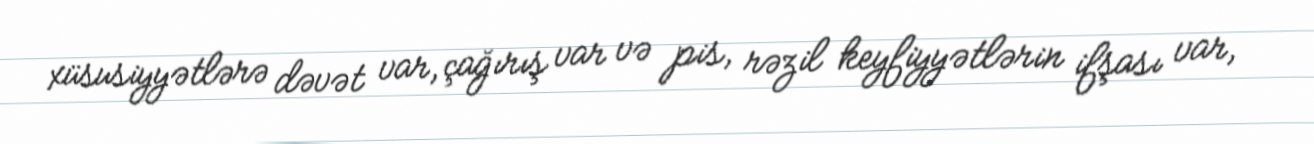
xüsusiyyətlərə dəvət var, çağırış var və pis, rəzil keyfiyyətlərin ifşası var,